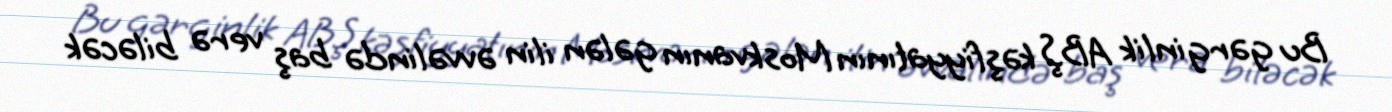
Bu gərginlik ABŞ kəşfiyyatının Moskvanın gələn ilin əvvəlində baş verə biləcək